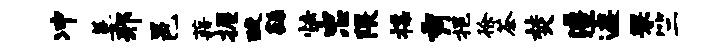
冲萋邢邑藉握酸繇怯忠隈揲秀挹徐茶焚澧遮罘竺